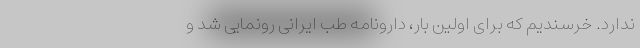
ندارد. خرسندیم که برای اولین بار، دارونامه طب ایرانی رونمایی شد و